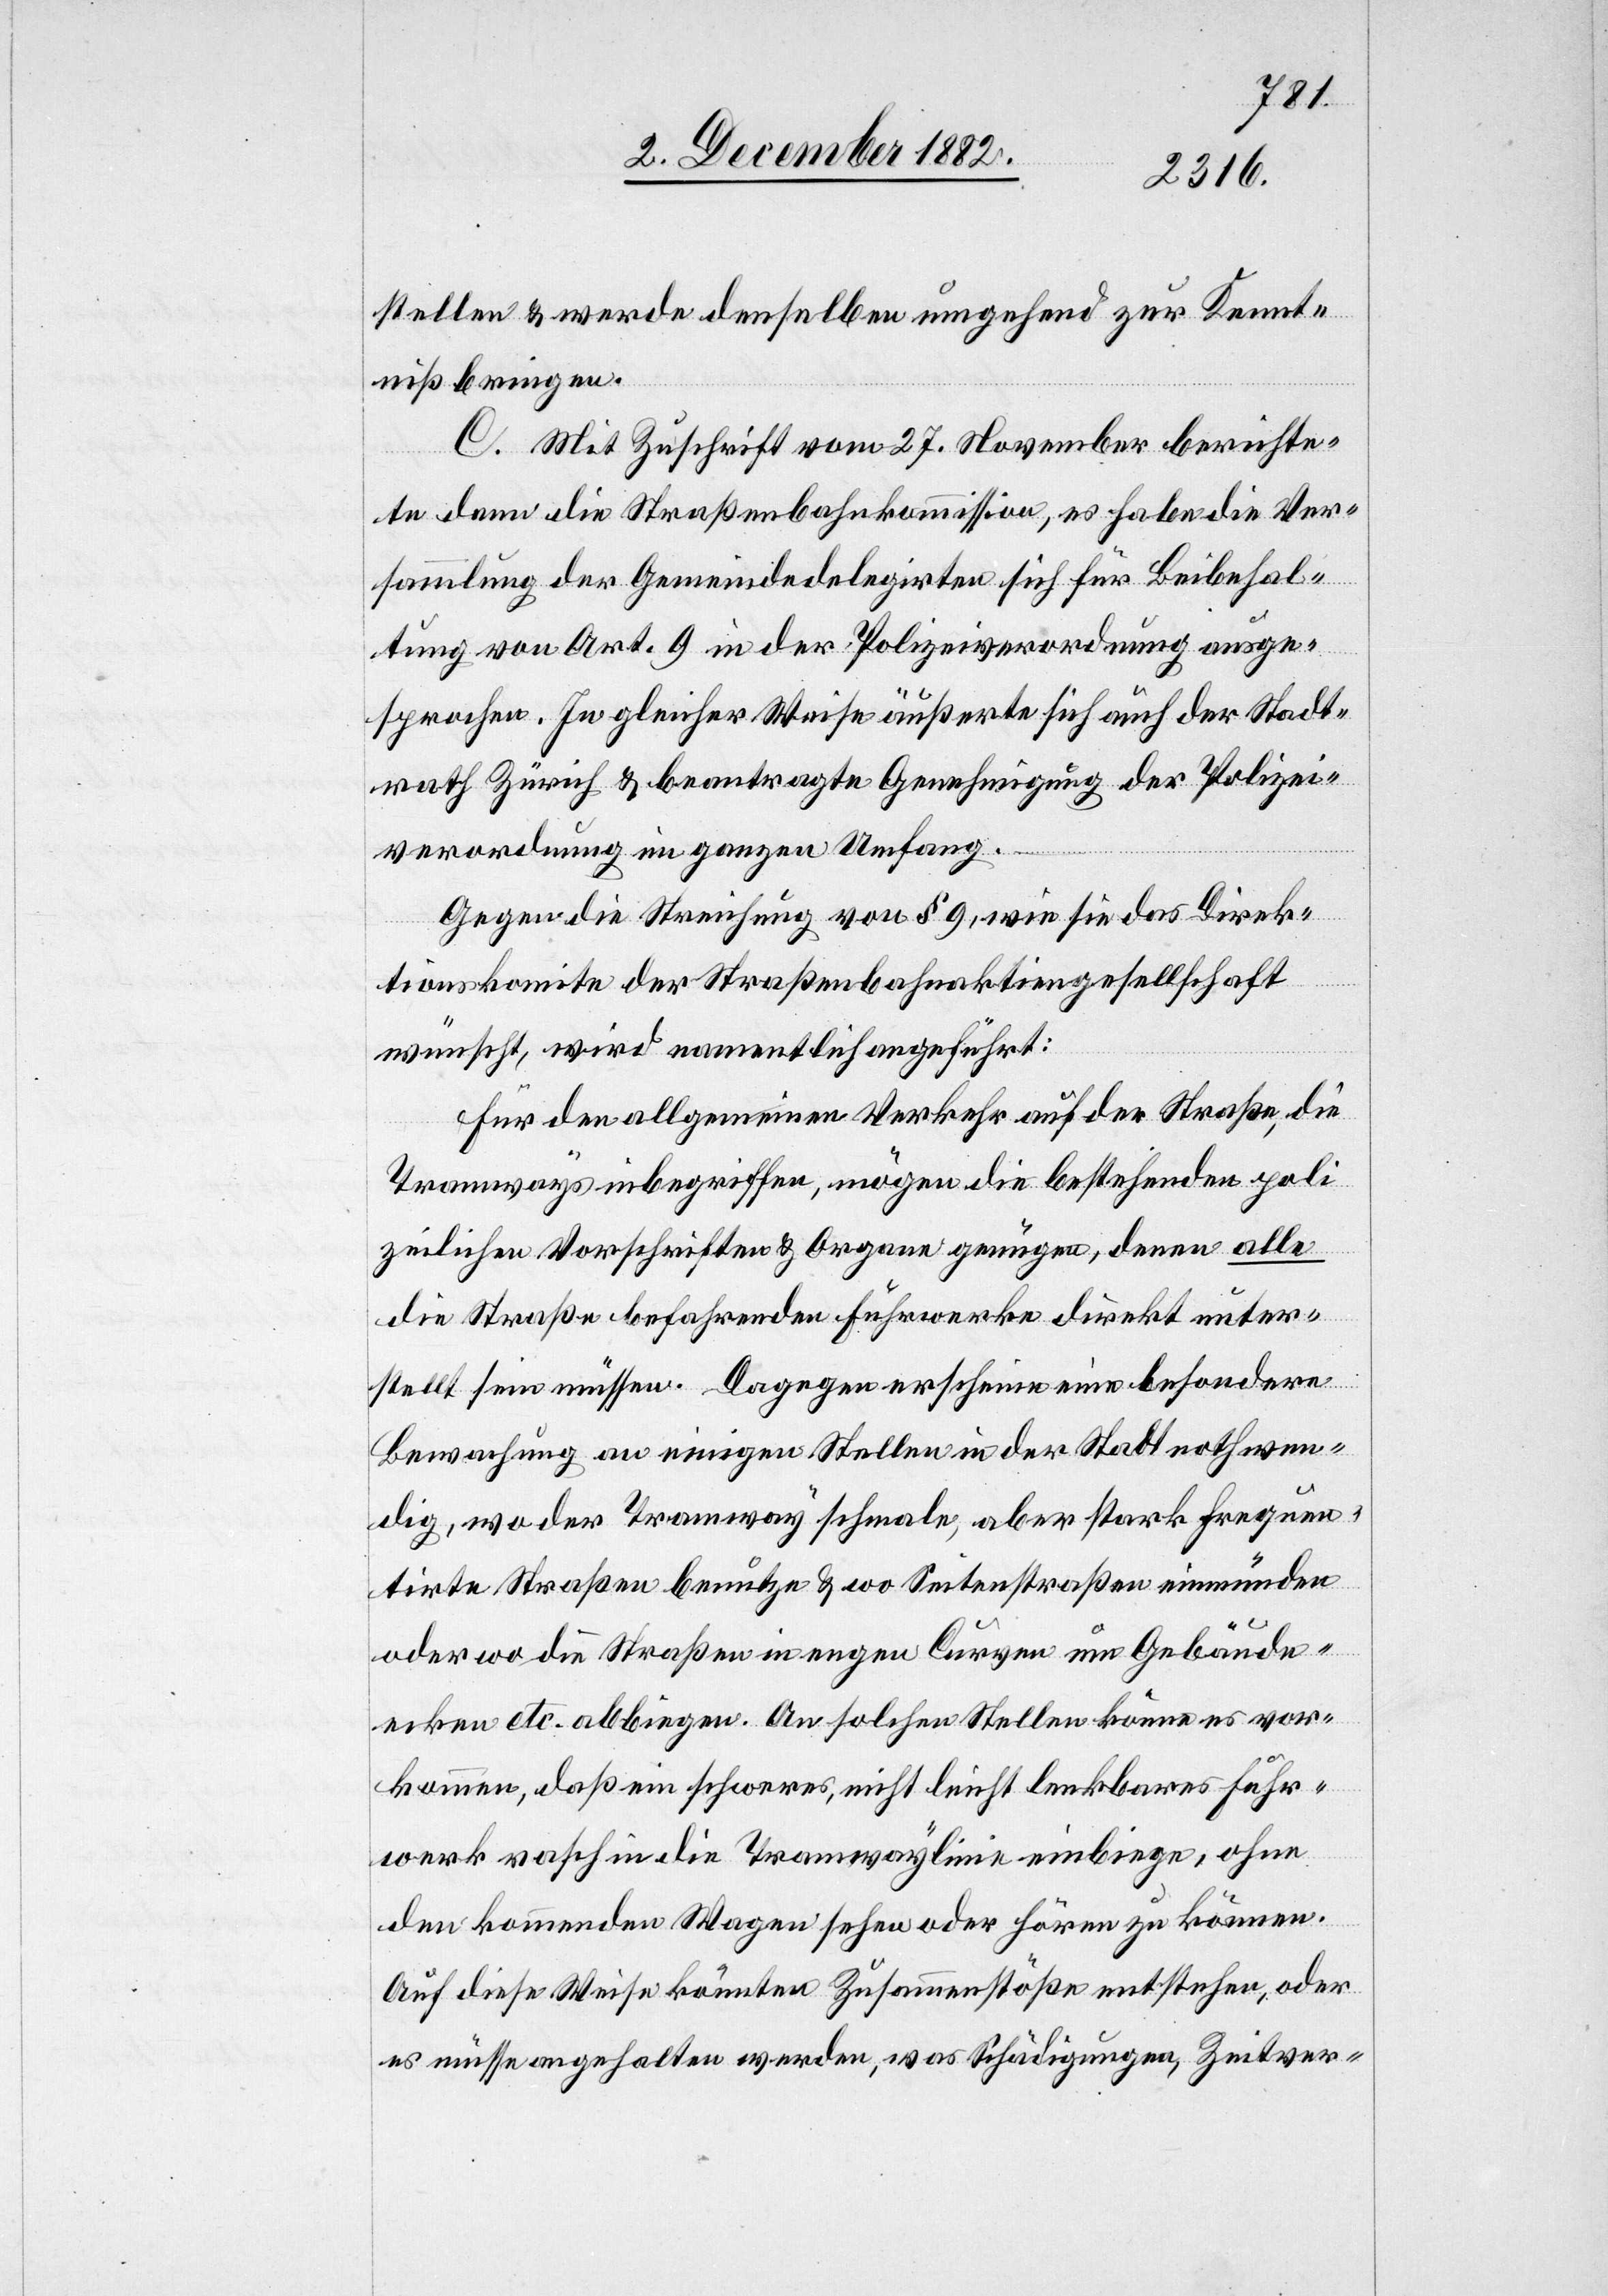
stellen & werde denselben umgehend zur Kennt¬
niß bringen.
C. Mit Zuschrift vom 27. November berichte¬
te dann die Straßenbahnkommission, es habe die Ver¬
sammlung der Gemeindedelegirten sich für Beibehal¬
tung von Art. 9 in der Polizeiverordnung ausge¬
sprochen. In gleicher Weise äußerte sich auch der Stadt¬
rath Zürich & beantragte Genehmigung der Polizei¬
verordnung im ganzen Umfang.
Gegen die Streichung von § 9, wie sie das Direk¬
tionskomite der Straßenbahnaktiengesellschaft
wünscht, wird namentlich angeführt:
Für den allgemeinen Verkehr auf der Straße, die
Tramways inbegriffen, mögen die bestehenden poli¬
zeilichen Vorschriften & Organe genügen, denen alle
die Straße befahrende Fuhrwerke direkt unter¬
stellt sein müssen. Dagegen erscheine eine besondere
Bewachung an einigen Stellen in der Stadt nothwen¬
dig, wo der Tramway schmale, aber stark frequen¬
tirte Straßen benutze & wo Seitenstraßen einmünden
oder wo die Straßen in engen Curven um Gebäude¬
ecken etc. abbiegen. An solchen Stellen könne es vor¬
kommen, daß ein schweres, nicht leicht lenkbares Fuhr¬
werk rasch in die Tramwaylinie einbiege, ohne
den kommenden Wagen sehen oder hören zu können.
Auf diese Weise könnten Zusammenstöße entstehen, oder
es müsse angehalten werden, was Schädigungen, Zeitver-